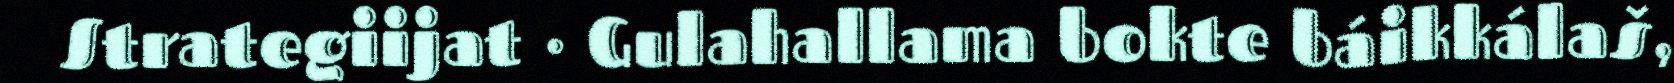
Strategiijat · Gulahallama bokte báikkálaš,